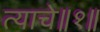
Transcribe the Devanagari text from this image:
त्याचे॥१॥